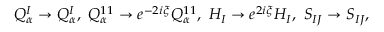
Q _ { \alpha } ^ { I } \rightarrow Q _ { \alpha } ^ { I } , \ Q _ { \alpha } ^ { 1 1 } \rightarrow e ^ { - 2 i \xi } Q _ { \alpha } ^ { 1 1 } , \ H _ { I } \rightarrow e ^ { 2 i \xi } H _ { I } , \ S _ { I J } \rightarrow S _ { I J } ,